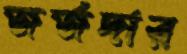
জর্জদার